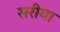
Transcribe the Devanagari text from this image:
सरीया